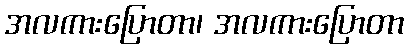
အလကားပြောတာ၊ အလကားပြောတာ